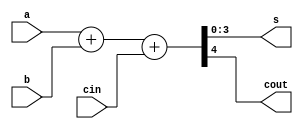
// This program was cloned from: https://github.com/paollacq/Verilog
// License: MIT License

/**************************************************
 P1.1 4-bit FULL ADDER BEHAVIORAL
 ************************************************/

 module full_adder_4bit_bh(s,cout,a,b,cin); 
 	input [3:0]a, b;
 	input cin;
 	output reg [3:0]s;
 	output reg cout;

 	always@(a,b,cin)

 	{cout,s} = a + b + cin;


 endmodule